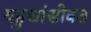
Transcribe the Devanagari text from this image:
यहुद्यांसोबत